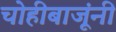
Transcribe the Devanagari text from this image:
चोहीबाजूंनी